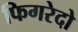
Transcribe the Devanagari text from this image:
फिगरेदो